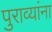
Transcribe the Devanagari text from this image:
पुराव्यांना